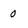
Character: 0